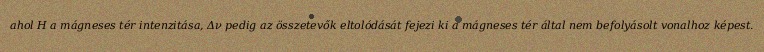
ahol H a mágneses tér intenzitása, Δν pedig az összetevők eltolódását fejezi ki a mágneses tér által nem befolyásolt vonalhoz képest.